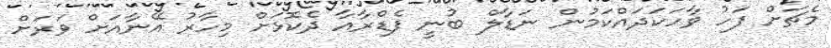
މެޗަށް ފަހު ވާހަކަދައްކަމުން ނަޑާލް ބުނީ ފެޑްރާއާ ދެކޮޅަށް މިހާރު އޭނާއަށް ވަރަށް